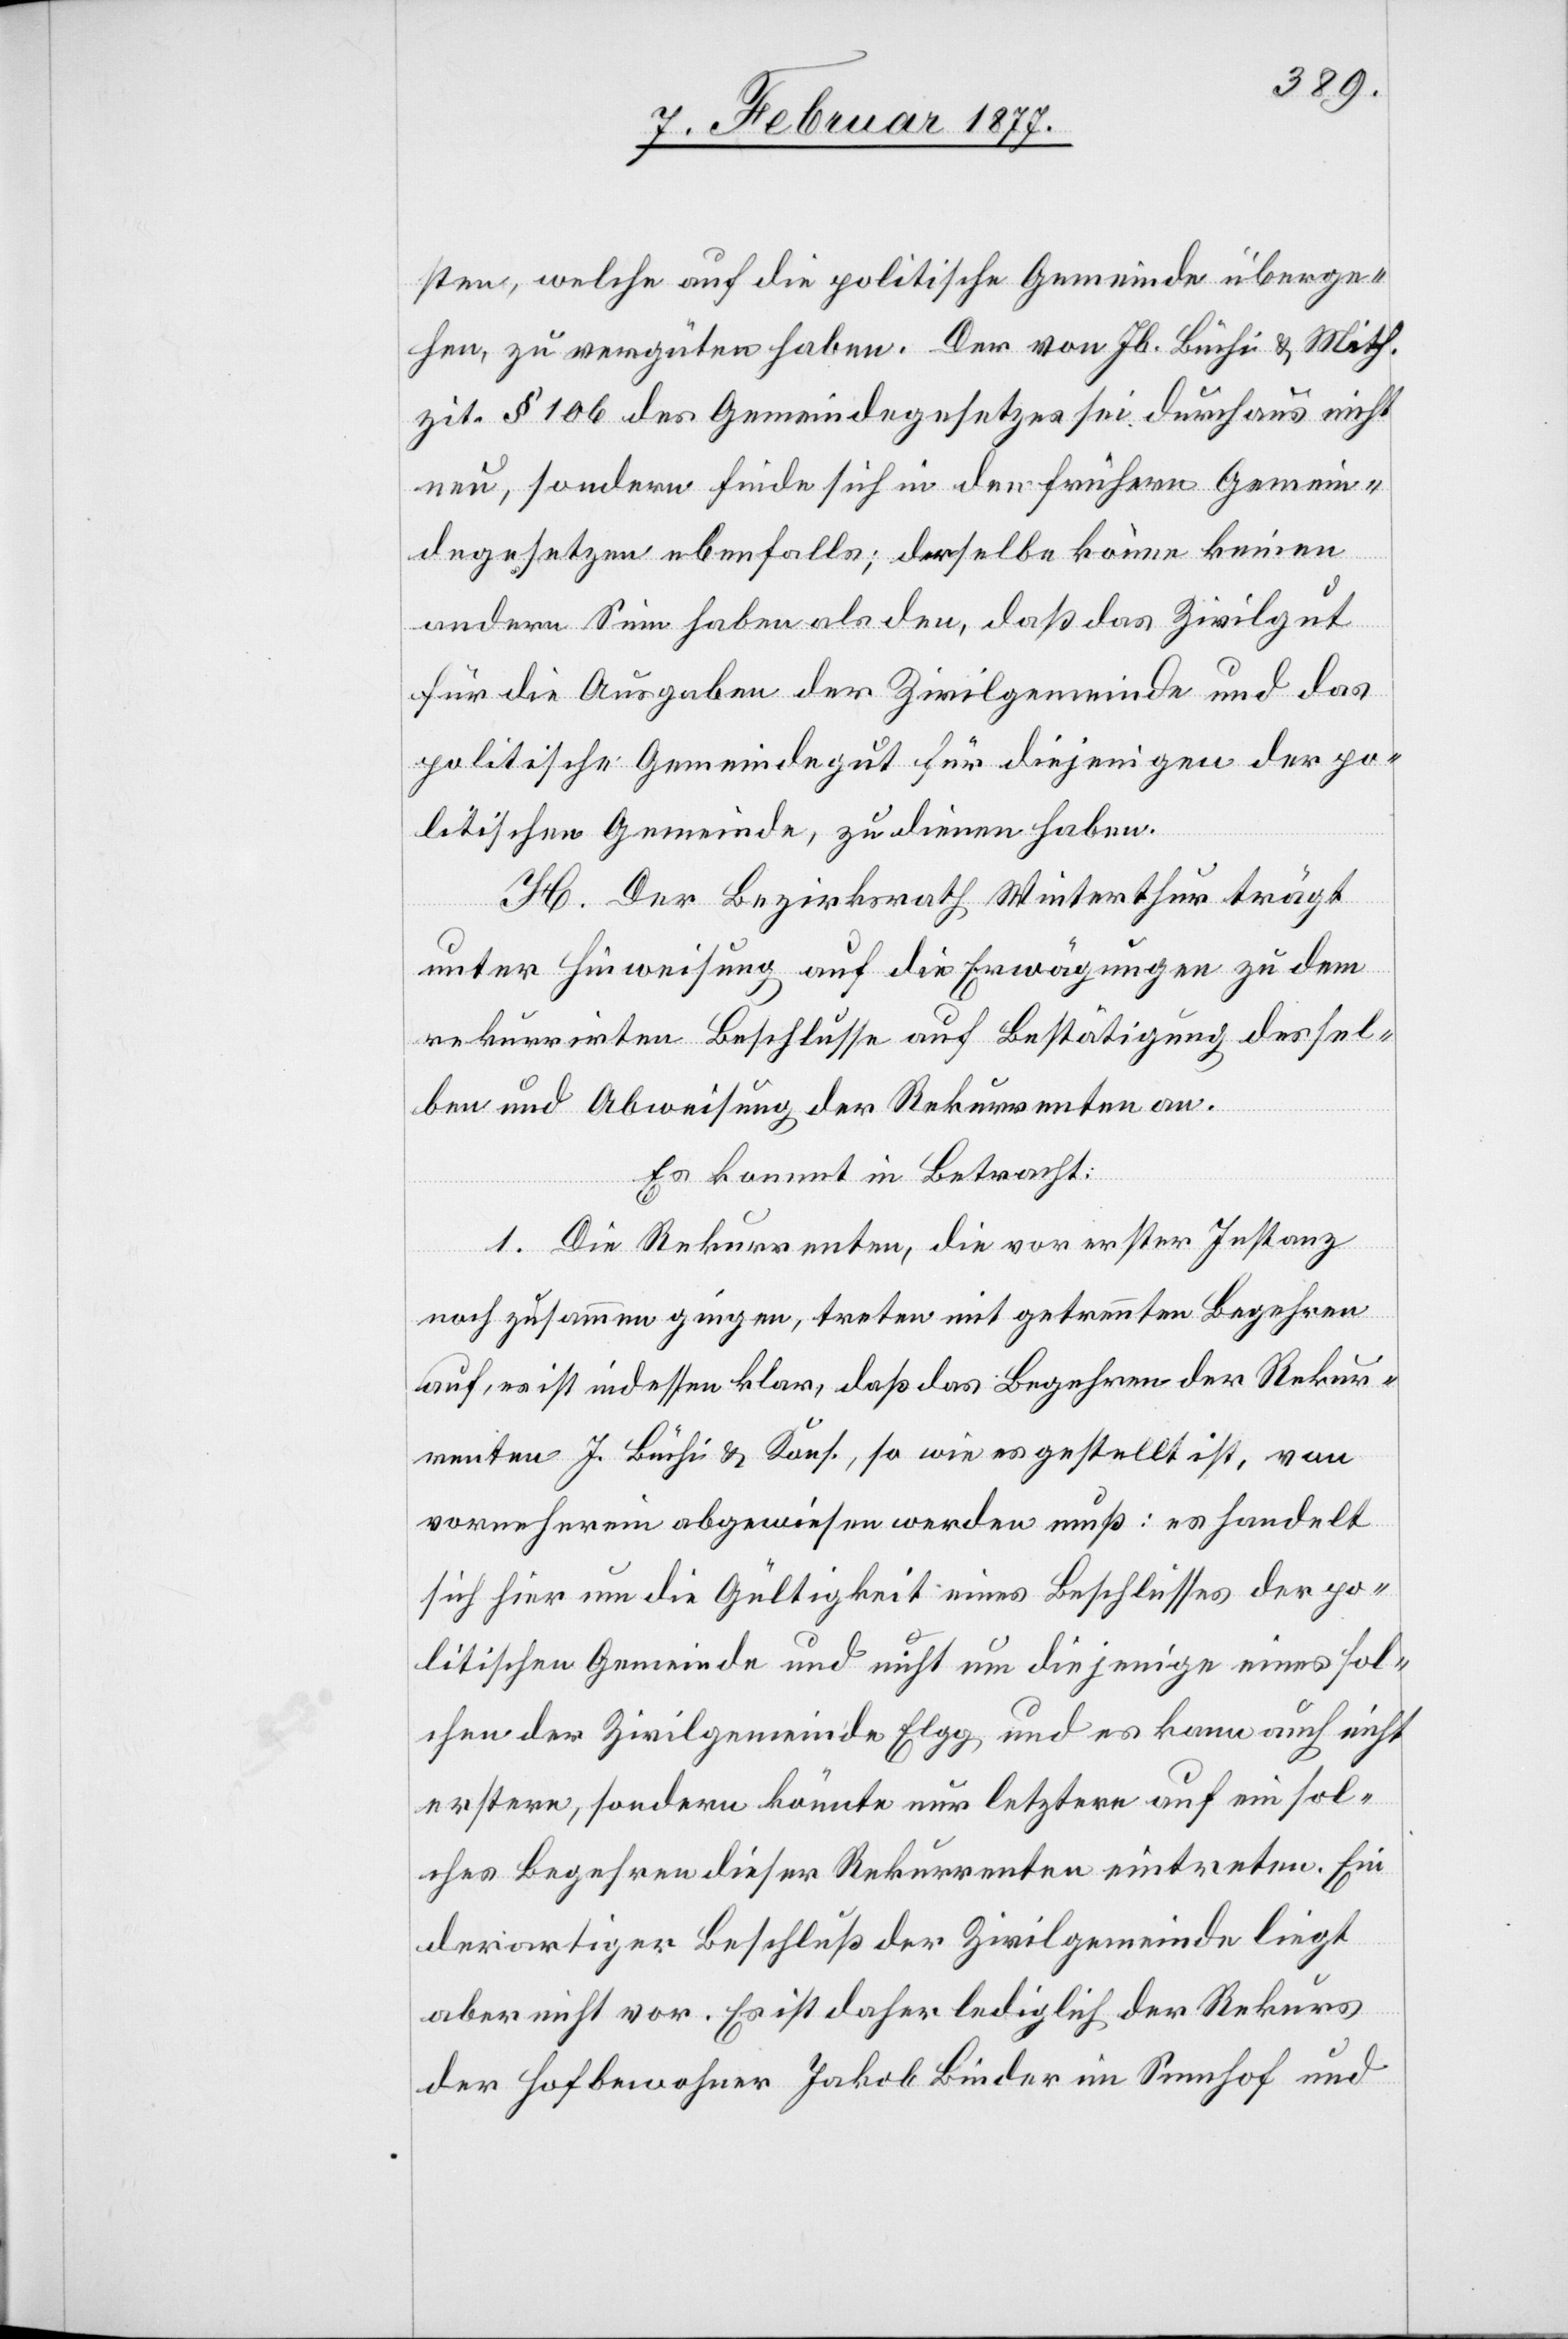
sten, welche auf die politische Gemeinde überge¬
hen, zu vergüten habe. Der von Jb. Büchi & Mith.
zit. § 106 des Gemeindegesetzes sei durchaus nicht
neu, sondern finde sich in den frühern Gemein¬
degesetzen ebenfalls; derselbe könne keinen
andern Sinn haben als den, daß das Zivilgut
für die Ausgaben der Zivilgemeinde und das
politische Gemeindegut für diejenigen der po¬
litischen Gemeinde, zu dienen habe.
H. Der Bezirksrath Winterthur trägt
unter Hinweisung auf die Erwägungen zu dem
rekurrirten Beschlusse auf Bestätigung dessel¬
ben und Abweisung der Rekurrenten an.
Es kommt in Betracht:
1. Die Rekurrenten, die vor erster Instanz
noch zusammen gingen, treten mit getrennten Begehren
auf, es ist indessen klar, daß das Begehren der Rekur¬
renten J. Büchi & Kons., so wie es gestellt ist, von
vorneherein abgewiesen werden muß: es handelt
sich hier um die Gültigkeit eines Beschlusses der po¬
litischen Gemeinde und nicht um diejenige eines sol¬
chen der Zivilgemeinde Elgg und es kann auch nicht
erstere, sondern könnte nur letztere auf ein sol¬
ches Begehren dieser Rekurrenten eintreten. Ein
derartiger Beschluß der Zivilgemeinde liegt
aber nicht vor. Es ist daher lediglich der Rekurs
der Hofbewohner Jakob Binder im Sennhof und